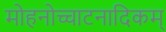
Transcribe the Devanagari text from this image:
मोहनोच्चाटनादिकम्